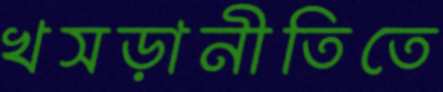
খসড়ানীতিতে